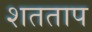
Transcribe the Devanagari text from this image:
शतताप